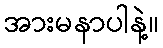
အားမနာပါနဲ့။